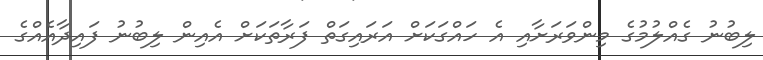
ލިބުނު ގެއްލުމުގެ މިންވަރަށާއި އެ ހައްގަކަށް އަރައިގަތް ފަރާތަކަށް އެއިން ލިބުނު ފައިދާއެއްގެ